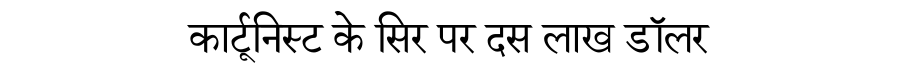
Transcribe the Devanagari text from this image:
कार्टूनिस्ट के सिर पर दस लाख डॉलर